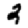
Digit: 2